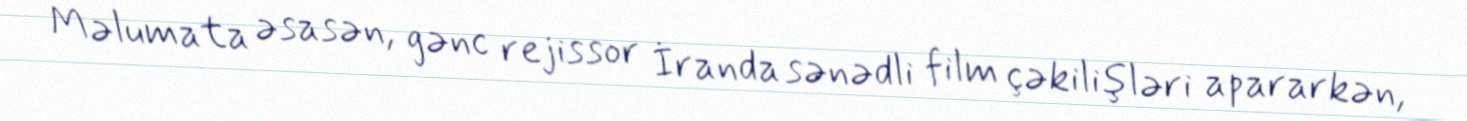
Məlumata əsasən, gənc rejissor İranda sənədli film çəkilişləri apararkən,